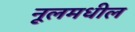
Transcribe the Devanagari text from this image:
नूलमधील